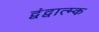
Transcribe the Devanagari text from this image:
द्वंद्वात्म्क